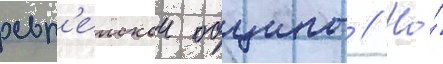
евр'еискои общины // Но́